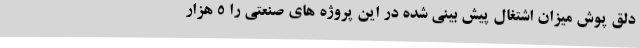
دلق پوش میزان اشتغال پیش بینی شده در این پروژه های صنعتی را 5 هزار